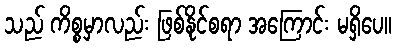
သည် ကိစ္စမှာလည်း ဖြစ်နိုင်စရာ အကြောင်း မရှိပေ။